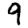
Digit: 9